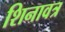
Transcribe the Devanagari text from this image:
शिनावत्र